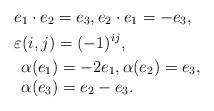
LaTeX: \begin{align*}& e_1\cdot e_2=e_3,e_2\cdot e_1= -e_3, \\& \varepsilon(i,j)=(-1)^{ij},\\& \begin{array}[t]{l}\alpha(e_1)=-2e_1, \alpha(e_2)=e_3,\\\alpha(e_3)=e_2-e_3.\end{array}\end{align*}